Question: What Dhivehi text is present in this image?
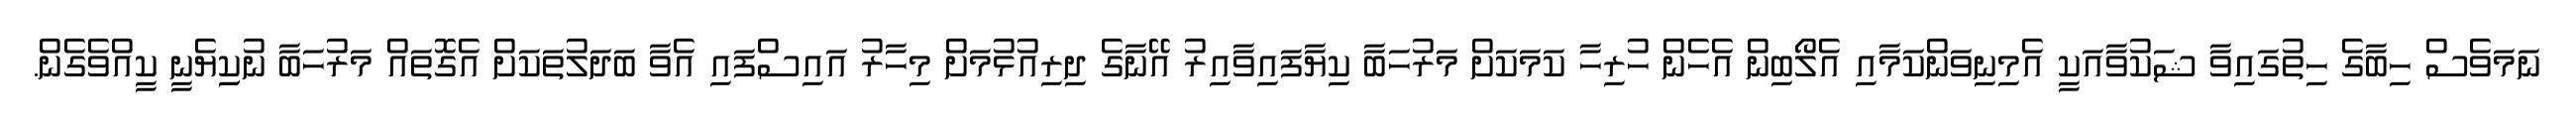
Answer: ނަމަވެސް ހިބާގެ ހިތުގައިވާ ޝަކުވާއަކީ އެމިނިވަންކަމާއި އެލޯބިން އެހެން ހުރިހާ ކަމަކަށް މަރުހަބާ ކިޔާފައިވާއިރު އޭނާގެ ދިރިއުޅުމަށް މިހާރު އައިސްފައި އެވާ ބަދަލުތަކަށް އެގޮތައް މަރުހަބާ ނުކިިޔެނީ ކީއްވެގެން.